Lunatic asylums United Provinces 1899-1908 - 1899-1908
Year: 1899
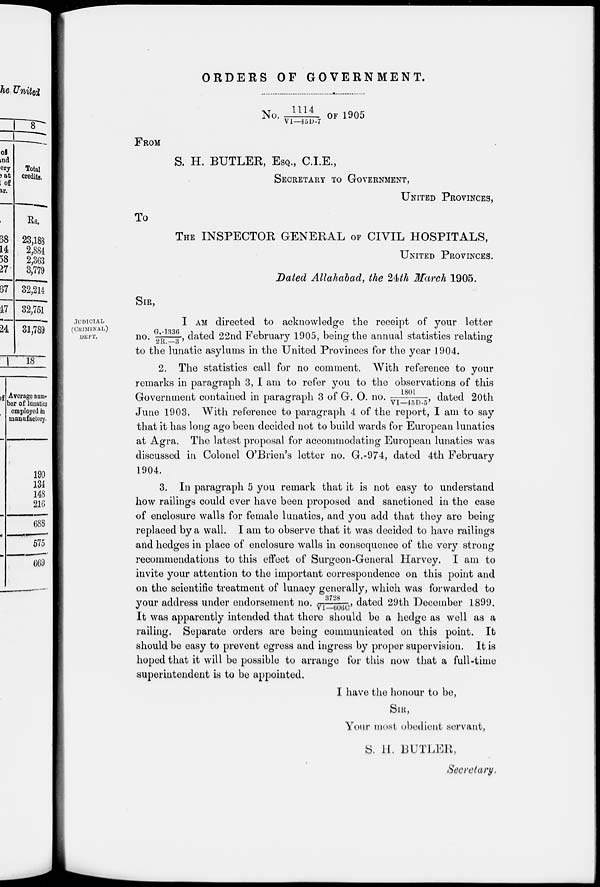
ORDERS OF GOVERNMENT.
No. 1114/VI-45D-7 OF 1905
FROM
S. H. BUTLER, ESQ., C.I.E.,
SECRETARY TO GOVERNMENT,
UNITED PROVINCES,
TO
THE INSPECTOR GENERAL OF CIVIL HOSPITALS,
UNITED PROVINCES.
Dated Allahabad, the 24th March 1905.
SIR,
JUDICIAL
(CRIMINAL)
DEPT.
I AM directed to acknowledge the receipt of your letter
no. G.-1336/2R-3, dated 22nd February 1905, being the annual statistics relating
to the lunatic asylums in the United Provinces for the year 1904.
2. The statistics call for no comment. With reference to your
remarks in paragraph 3, I am to refer you to the observations of this
Government contained in paragraph 3 of G. O. no. 1801/VI-45D-5, dated 20th
June 1903. With reference to paragraph 4 of the report, I am to say
that it has long ago been decided not to build wards for European lunatics
at Agra. The latest proposal for accommodating European lunatics was
discussed in Colonel O'Brien's letter no. G.-974, dated 4th February
1904.
3. In paragraph 5 you remark that it is not easy to understand
how railings could ever have been proposed and sanctioned in the case
of enclosure walls for female lunatics, and you add that they are being
replaced by a wall. I am to observe that it was decided to have railings
and hedges in place of enclosure walls in consequence of the very strong
recommendations to this effect of Surgeon-General Harvey. I am to
invite your attention to the important correspondence on this point and
on the scientific treatment of lunacy generally, which was forwarded to
your address under endorsement no. 3728/VI-606C, dated 29th December 1899.
It was apparently intended that there should be a hedge as well as a
railing. Separate orders are being communicated on this point. It
should be easy to prevent egress and ingress by proper supervision. It is
hoped that it will be possible to arrange for this now that a full-time
superintendent is to be appointed.
I have the honour to be,
SIR,
Your most obedient servant,
S.H. BUTLER,
Secretary.